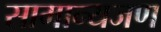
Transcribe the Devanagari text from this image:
सामान्यजण